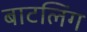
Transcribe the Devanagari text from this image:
बाटलिंग